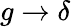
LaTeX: g\rightarrow\delta